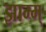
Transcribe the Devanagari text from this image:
झाम्म्